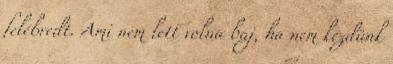
felébredt. Ami nem lett volna baj, ha nem kezdünk